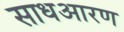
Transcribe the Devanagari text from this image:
साधआरण